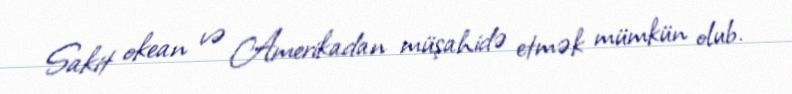
Sakit okean və Amerikadan müşahidə etmək mümkün olub.